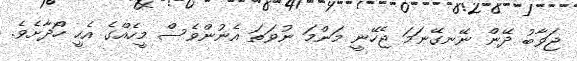
ޖަވާބު ދޭން ނޭނގޭނަމަ ޖެހޭނީ މަންމަ ނުވަތަ އެނުންވެސް މީހެއްގެ އެހީ ހޯދާށެވެ.